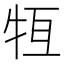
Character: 𤙆